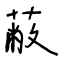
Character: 蔽